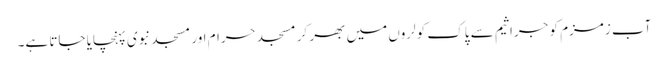
آب زمزم کو جراثیم سے پاک کولروں میں بھر کر مسجد حرام اور مسجد نبوی پہنچایا جاتا ہے۔